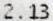
2.13